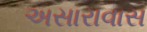
અસારાવાસ